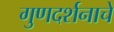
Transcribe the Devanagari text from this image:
गुणदर्शनाचे